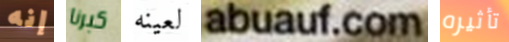
إنه كبرنا لعينه abuauf.com تأثيره